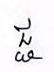
ជ្ជ